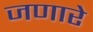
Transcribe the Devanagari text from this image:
जणारे